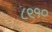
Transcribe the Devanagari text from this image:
८९१०